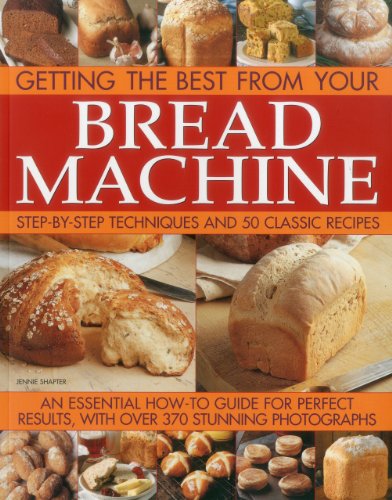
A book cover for Getting the Best from your Bread Machine; Jennie Shapter; Cookbooks, Food & Wine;